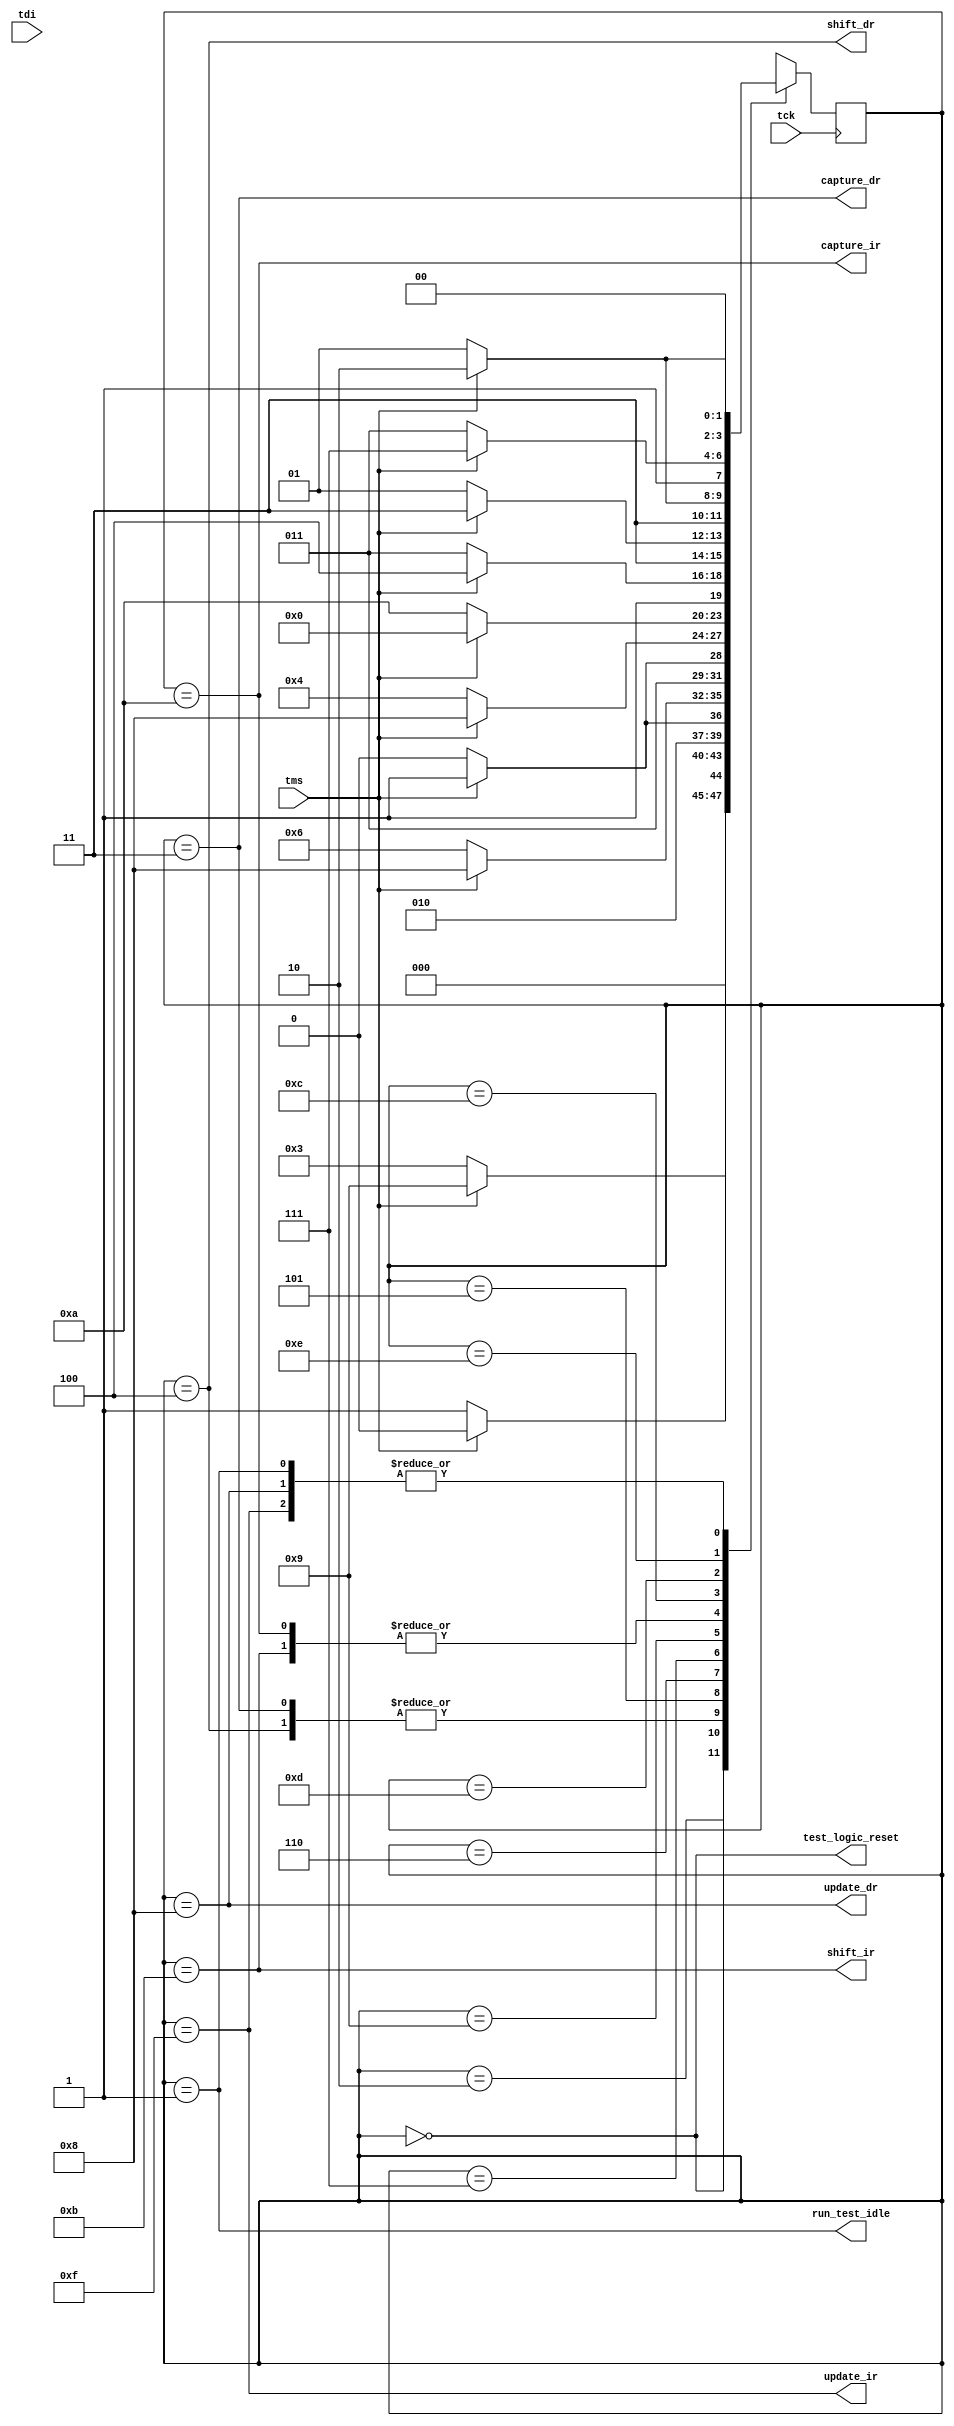
`default_nettype none

module jtag_tap(
        input  wire tck, tms, tdi,
    
        output wire test_logic_reset,
        output wire run_test_idle,
        output wire capture_dr,
        output wire shift_dr,
        output wire update_dr,
        output wire capture_ir,
        output wire shift_ir,
        output wire update_ir
        );

    reg [3:0] cur_jtag_state = 0, nxt_jtag_state;

    localparam fsm_test_logic_reset     = 0;
    localparam fsm_run_test_idle        = 1;
    localparam fsm_select_dr_scan       = 2;
    localparam fsm_capture_dr           = 3;
    localparam fsm_shift_dr             = 4;
    localparam fsm_exit1_dr             = 5;
    localparam fsm_pause_dr             = 6;
    localparam fsm_exit2_dr             = 7;
    localparam fsm_update_dr            = 8;
    localparam fsm_select_ir_scan       = 9;
    localparam fsm_capture_ir           = 10;
    localparam fsm_shift_ir             = 11;
    localparam fsm_exit1_ir             = 12;
    localparam fsm_pause_ir             = 13;
    localparam fsm_exit2_ir             = 14;
    localparam fsm_update_ir            = 15;

    always @* begin
        case(cur_jtag_state)
            fsm_test_logic_reset:   nxt_jtag_state = tms ? fsm_test_logic_reset : fsm_run_test_idle;
            fsm_run_test_idle:      nxt_jtag_state = tms ? fsm_select_dr_scan   : fsm_run_test_idle;
            fsm_select_dr_scan:     nxt_jtag_state = tms ? fsm_select_ir_scan   : fsm_capture_dr;
            fsm_capture_dr:         nxt_jtag_state = tms ? fsm_exit1_dr         : fsm_shift_dr;
            fsm_shift_dr:           nxt_jtag_state = tms ? fsm_exit1_dr         : fsm_shift_dr;
            fsm_exit1_dr:           nxt_jtag_state = tms ? fsm_update_dr        : fsm_pause_dr;
            fsm_pause_dr:           nxt_jtag_state = tms ? fsm_exit2_dr         : fsm_pause_dr;
            fsm_exit2_dr:           nxt_jtag_state = tms ? fsm_update_dr        : fsm_shift_dr;
            fsm_update_dr:          nxt_jtag_state = tms ? fsm_select_dr_scan   : fsm_run_test_idle;

            fsm_select_ir_scan:     nxt_jtag_state = tms ? fsm_test_logic_reset : fsm_capture_ir;
            fsm_capture_ir:         nxt_jtag_state = tms ? fsm_exit1_ir         : fsm_shift_ir;
            fsm_shift_ir:           nxt_jtag_state = tms ? fsm_exit1_ir         : fsm_shift_ir;
            fsm_exit1_ir:           nxt_jtag_state = tms ? fsm_update_ir        : fsm_pause_ir;
            fsm_pause_ir:           nxt_jtag_state = tms ? fsm_exit2_ir         : fsm_pause_ir;
            fsm_exit2_ir:           nxt_jtag_state = tms ? fsm_update_ir        : fsm_shift_ir;
            fsm_update_ir:          nxt_jtag_state = tms ? fsm_select_dr_scan   : fsm_run_test_idle;
        endcase
    end

    reg [20*8-1:0] cur_jtag_state_text;

`ifndef SYNTHESIS
    always @* begin
        case(cur_jtag_state)
            fsm_test_logic_reset:   cur_jtag_state_text = "test_logic_reset";
            fsm_run_test_idle:      cur_jtag_state_text = "run_test_idle";
            fsm_select_dr_scan:     cur_jtag_state_text = "select_dr_scan";
            fsm_capture_dr:         cur_jtag_state_text = "capture_dr";
            fsm_shift_dr:           cur_jtag_state_text = "shift_dr";
            fsm_exit1_dr:           cur_jtag_state_text = "exit1_dr";
            fsm_pause_dr:           cur_jtag_state_text = "pause_dr";
            fsm_exit2_dr:           cur_jtag_state_text = "exit2_dr";
            fsm_update_dr:          cur_jtag_state_text = "update_dr";

            fsm_select_ir_scan:     cur_jtag_state_text = "select_ir_scan";
            fsm_capture_ir:         cur_jtag_state_text = "capture_ir";
            fsm_shift_ir:           cur_jtag_state_text = "shift_ir";
            fsm_exit1_ir:           cur_jtag_state_text = "exit1_ir";
            fsm_pause_ir:           cur_jtag_state_text = "pause_ir";
            fsm_exit2_ir:           cur_jtag_state_text = "exit2_ir";
            fsm_update_ir:          cur_jtag_state_text = "update_ir";
        endcase
    end
`endif

    always @(posedge tck) begin
        cur_jtag_state   <= nxt_jtag_state;
    end

    assign test_logic_reset = cur_jtag_state == fsm_test_logic_reset;
    assign run_test_idle    = cur_jtag_state == fsm_run_test_idle;
    assign capture_dr       = cur_jtag_state == fsm_capture_dr;
    assign shift_dr         = cur_jtag_state == fsm_shift_dr;
    assign update_dr        = cur_jtag_state == fsm_update_dr;
    assign capture_ir       = cur_jtag_state == fsm_capture_ir;
    assign shift_ir         = cur_jtag_state == fsm_shift_ir;
    assign update_ir        = cur_jtag_state == fsm_update_ir;

endmodule